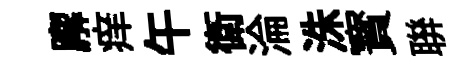
廨痒午衛淪洙寳聨